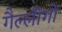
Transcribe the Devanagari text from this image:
गैल्लीगो